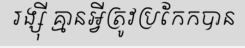
រង្ស៊ី គ្មានអ្វីត្រូវប្រកែកបាន